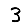
Digit: 3